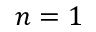
n = 1